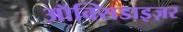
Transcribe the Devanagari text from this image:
ऑक्सिडाइज़र